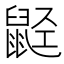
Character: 𬹭